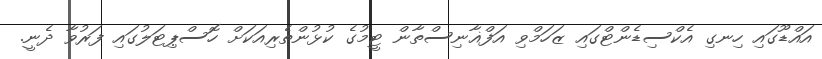
އައްޑޫގައި ހިނގި އެކްސިޑެންޓްގައި ޒަހަމްވި އަފްޣާނިސްތާން ޓީމުގެ ކުޅުންތެރިއަކަށް ހޮސްޕިޓަލުގައި ފަރުވާ ދެނީ.